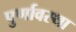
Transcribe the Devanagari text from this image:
पुर्णावस्था